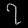
Digit: ၇